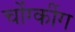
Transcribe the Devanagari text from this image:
चोंग्कींग